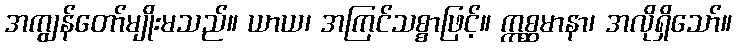
အကျွန်တော်မျိုးမသည်။ ယာယ၊ အကြင်သစ္စာဖြင့်။ ဣစ္ဆမာနာ၊ အလိုရှိသော်။